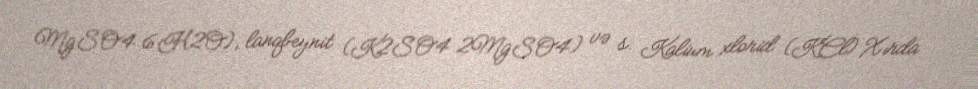
MgSO4.6H2O), lanqbeynit (K2SO4.2MgSO4) və s. Kalium xlorid (KCl) Xırda